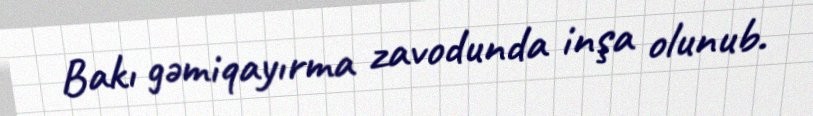
Bakı gəmiqayırma zavodunda inşa olunub.